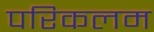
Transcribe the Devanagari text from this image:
परिकलम